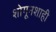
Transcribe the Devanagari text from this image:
शोगूनशाही